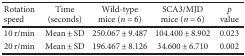
| Rotation speed | Time (seconds) | Wild-type mice (n = 6) | SCA3/MJD mice (n = 6) | p value |
 | --- | --- | --- | --- | --- |
 | 10 r/min | Mean ± SD | 250.067 ± 9.487 | 104.400 ± 8.902 | 0.023 |
 | 20 r/min | Mean ± SD | 196.467 ± 8.126 | 34.600 ± 6.710 | 0.002 |